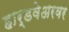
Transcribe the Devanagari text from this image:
हार्डवेअरवर